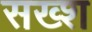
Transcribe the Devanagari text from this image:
सख्श